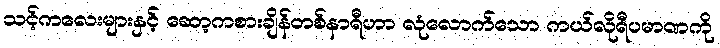
သင့်ကလေးများနှင့် ဆော့ကစားချိန်တစ်နာရီဟာ လုံလောက်သော ကယ်လိုရီပမာဏကို